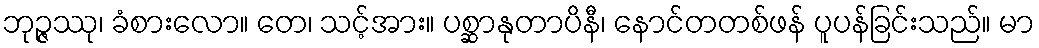
ဘုဉ္ဇဿု၊ ခံစားလော။ တေ၊ သင့်အား။ ပစ္ဆာနုတာပိနီ၊ နောင်တတစ်ဖန် ပူပန်ခြင်းသည်။ မာ